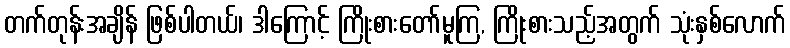
တက်တုန်းအချိန် ဖြစ်ပါတယ်၊ ဒါကြောင့် ကြိုးစားတော်မူကြ, ကြိုးစားသည့်အတွက် သုံးနှစ်လောက်